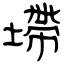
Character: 墆